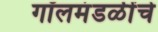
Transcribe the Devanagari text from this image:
गॉलमंडळींचे